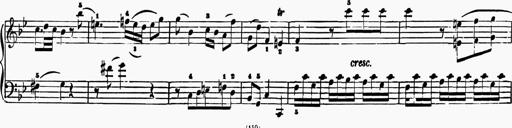
Title: 6 Sonatas
Composer: Muzio Clementi